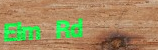
Elm Rd